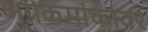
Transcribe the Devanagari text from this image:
अग्रकमांकावर